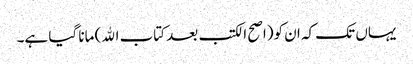
یہاں تک کہ ان کو(اصح الکتب بعد کتاب الله) مانا گیا ہے۔